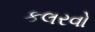
કલરવો